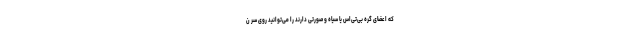
که اعضای گره بی‌تی‌اس یا سیاه و صورتی دارند را می‌توانید روی سر ن